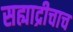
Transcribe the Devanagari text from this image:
सह्याद्रीचाच